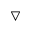
\bigtriangledown